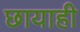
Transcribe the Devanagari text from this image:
छायाही